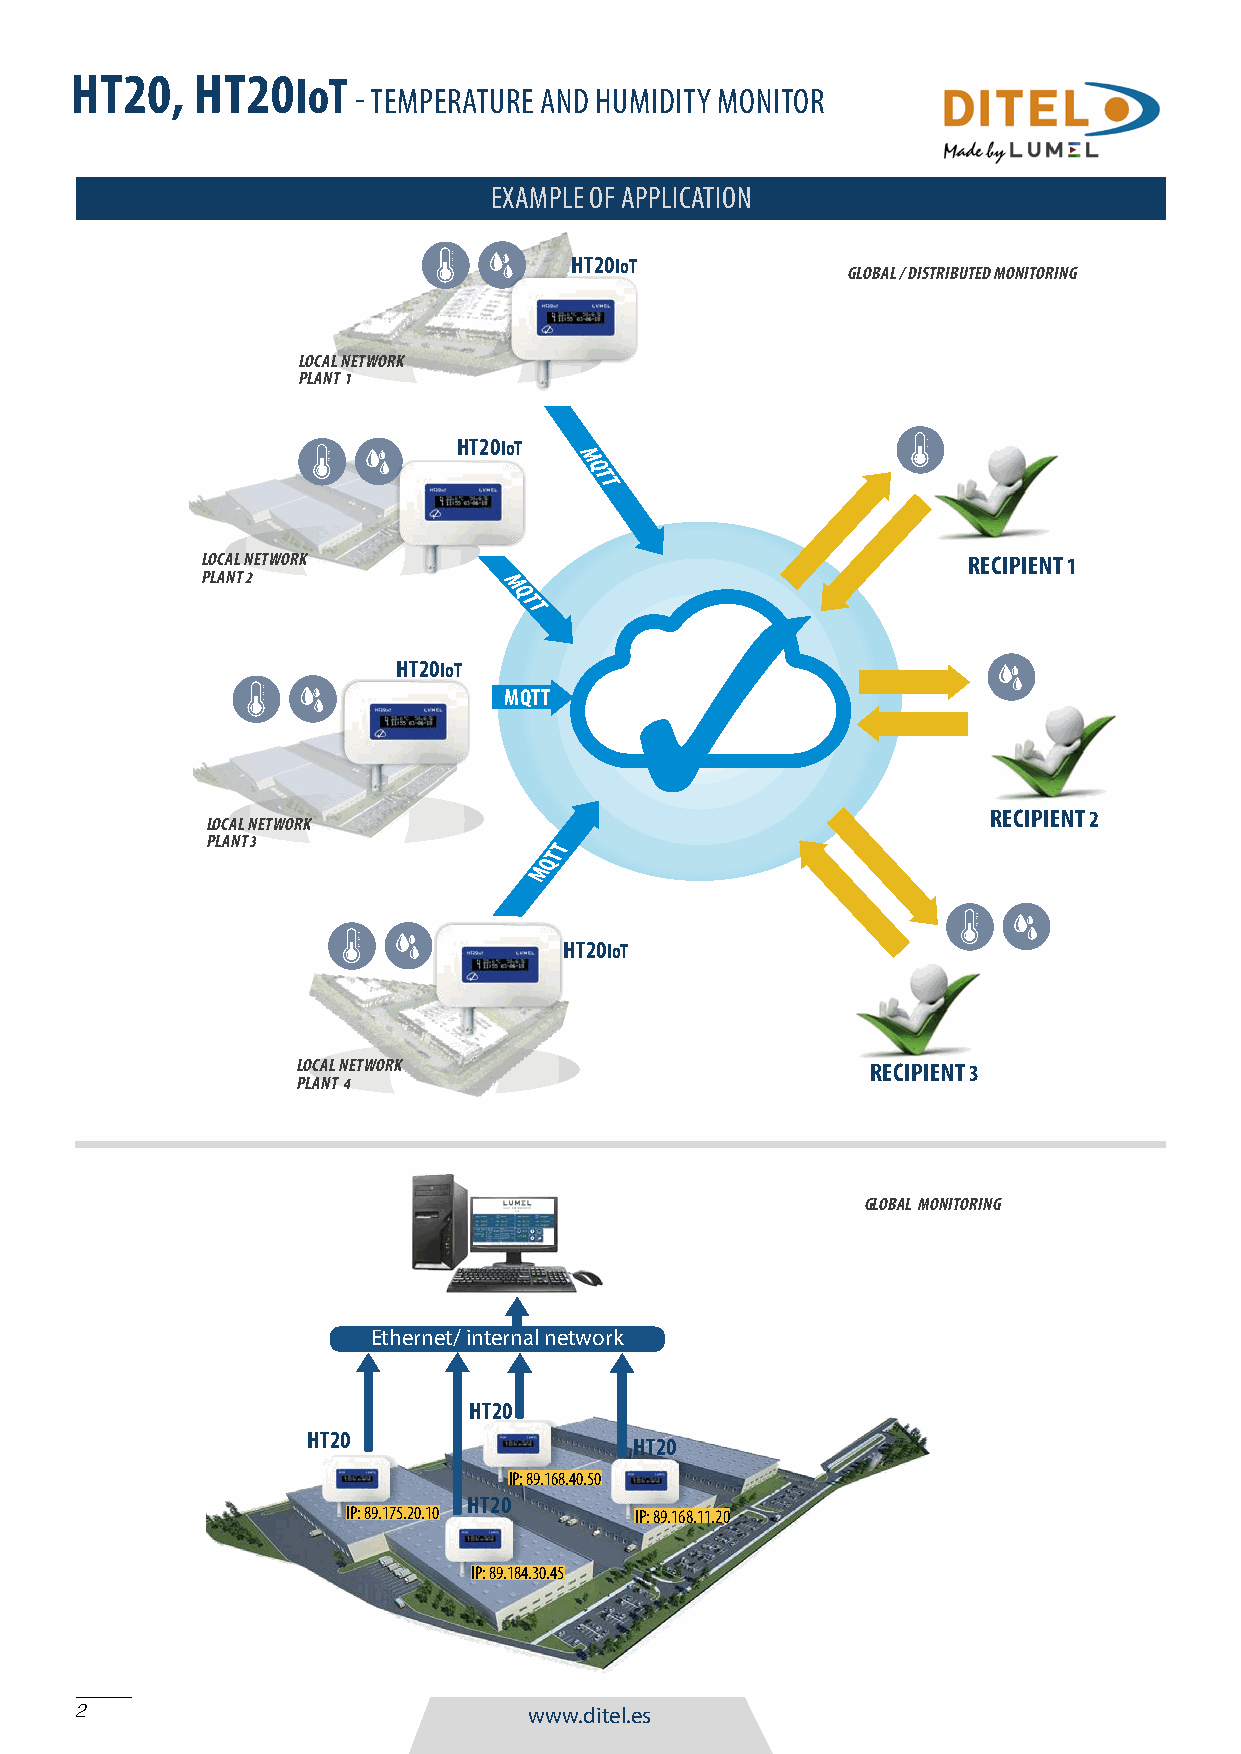
HT20,   HT20IoT
 - TEMPERATURE AND HUMIDITY MONITOR
 EXAMPLE OF APPLICATION
 HT20IoT
 GLOBAL / DISTRIBUTED MONITORING
 LOCAL NETWORK
 PLANT 1
 HT20IoT
 M
 Q
 T
 T
 LOCAL NETWORK                                      RECIPIENT 1
 PLANT 2
 M
 Q
 T
 T
 HT20IoT
 MQTT
 RECIPIENT 2
 LOCAL NETWORK
 PLANT 3                T
 T
 Q
 M
 HT20IoT
 LOCAL NETWORK                         RECIPIENT 3
 PLANT 4
 GLOBAL MONITORING
 Ethernet/ internal network
 HT20
 HT20
 HT20
 IP: 89.168.40.50
 HT20
 IP: 89.175.20.10   IP: 89.168.11.20
 IP: 89.184.30.45
 2                             www.ditel.es